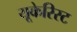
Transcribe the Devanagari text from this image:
यूकेरिस्ट